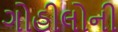
ગોહીલોની